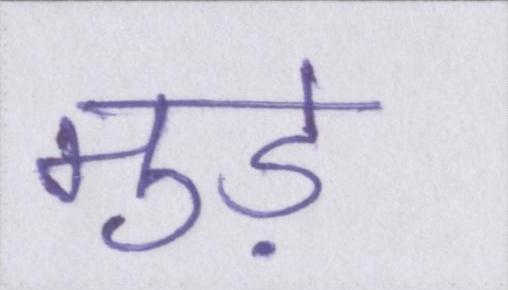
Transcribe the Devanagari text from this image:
मुड़े